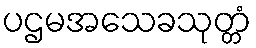
ပဌမအသေခသုတ္တံ